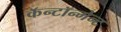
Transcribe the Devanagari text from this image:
कॅन्टॉन्मेन्ट